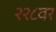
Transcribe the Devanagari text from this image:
२२८वर